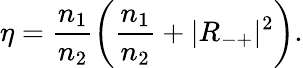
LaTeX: \eta=\frac{n_{1}}{n_{2}}\left(\frac{n_{1}}{n_{2}}+|R_{-+}|^{2}\right).